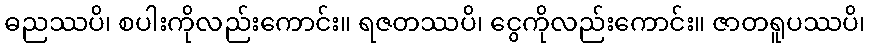
ဓညဿပိ၊ စပါးကိုလည်းကောင်း။ ရဇတဿပိ၊ ငွေကိုလည်းကောင်း။ ဇာတရူပဿပိ၊